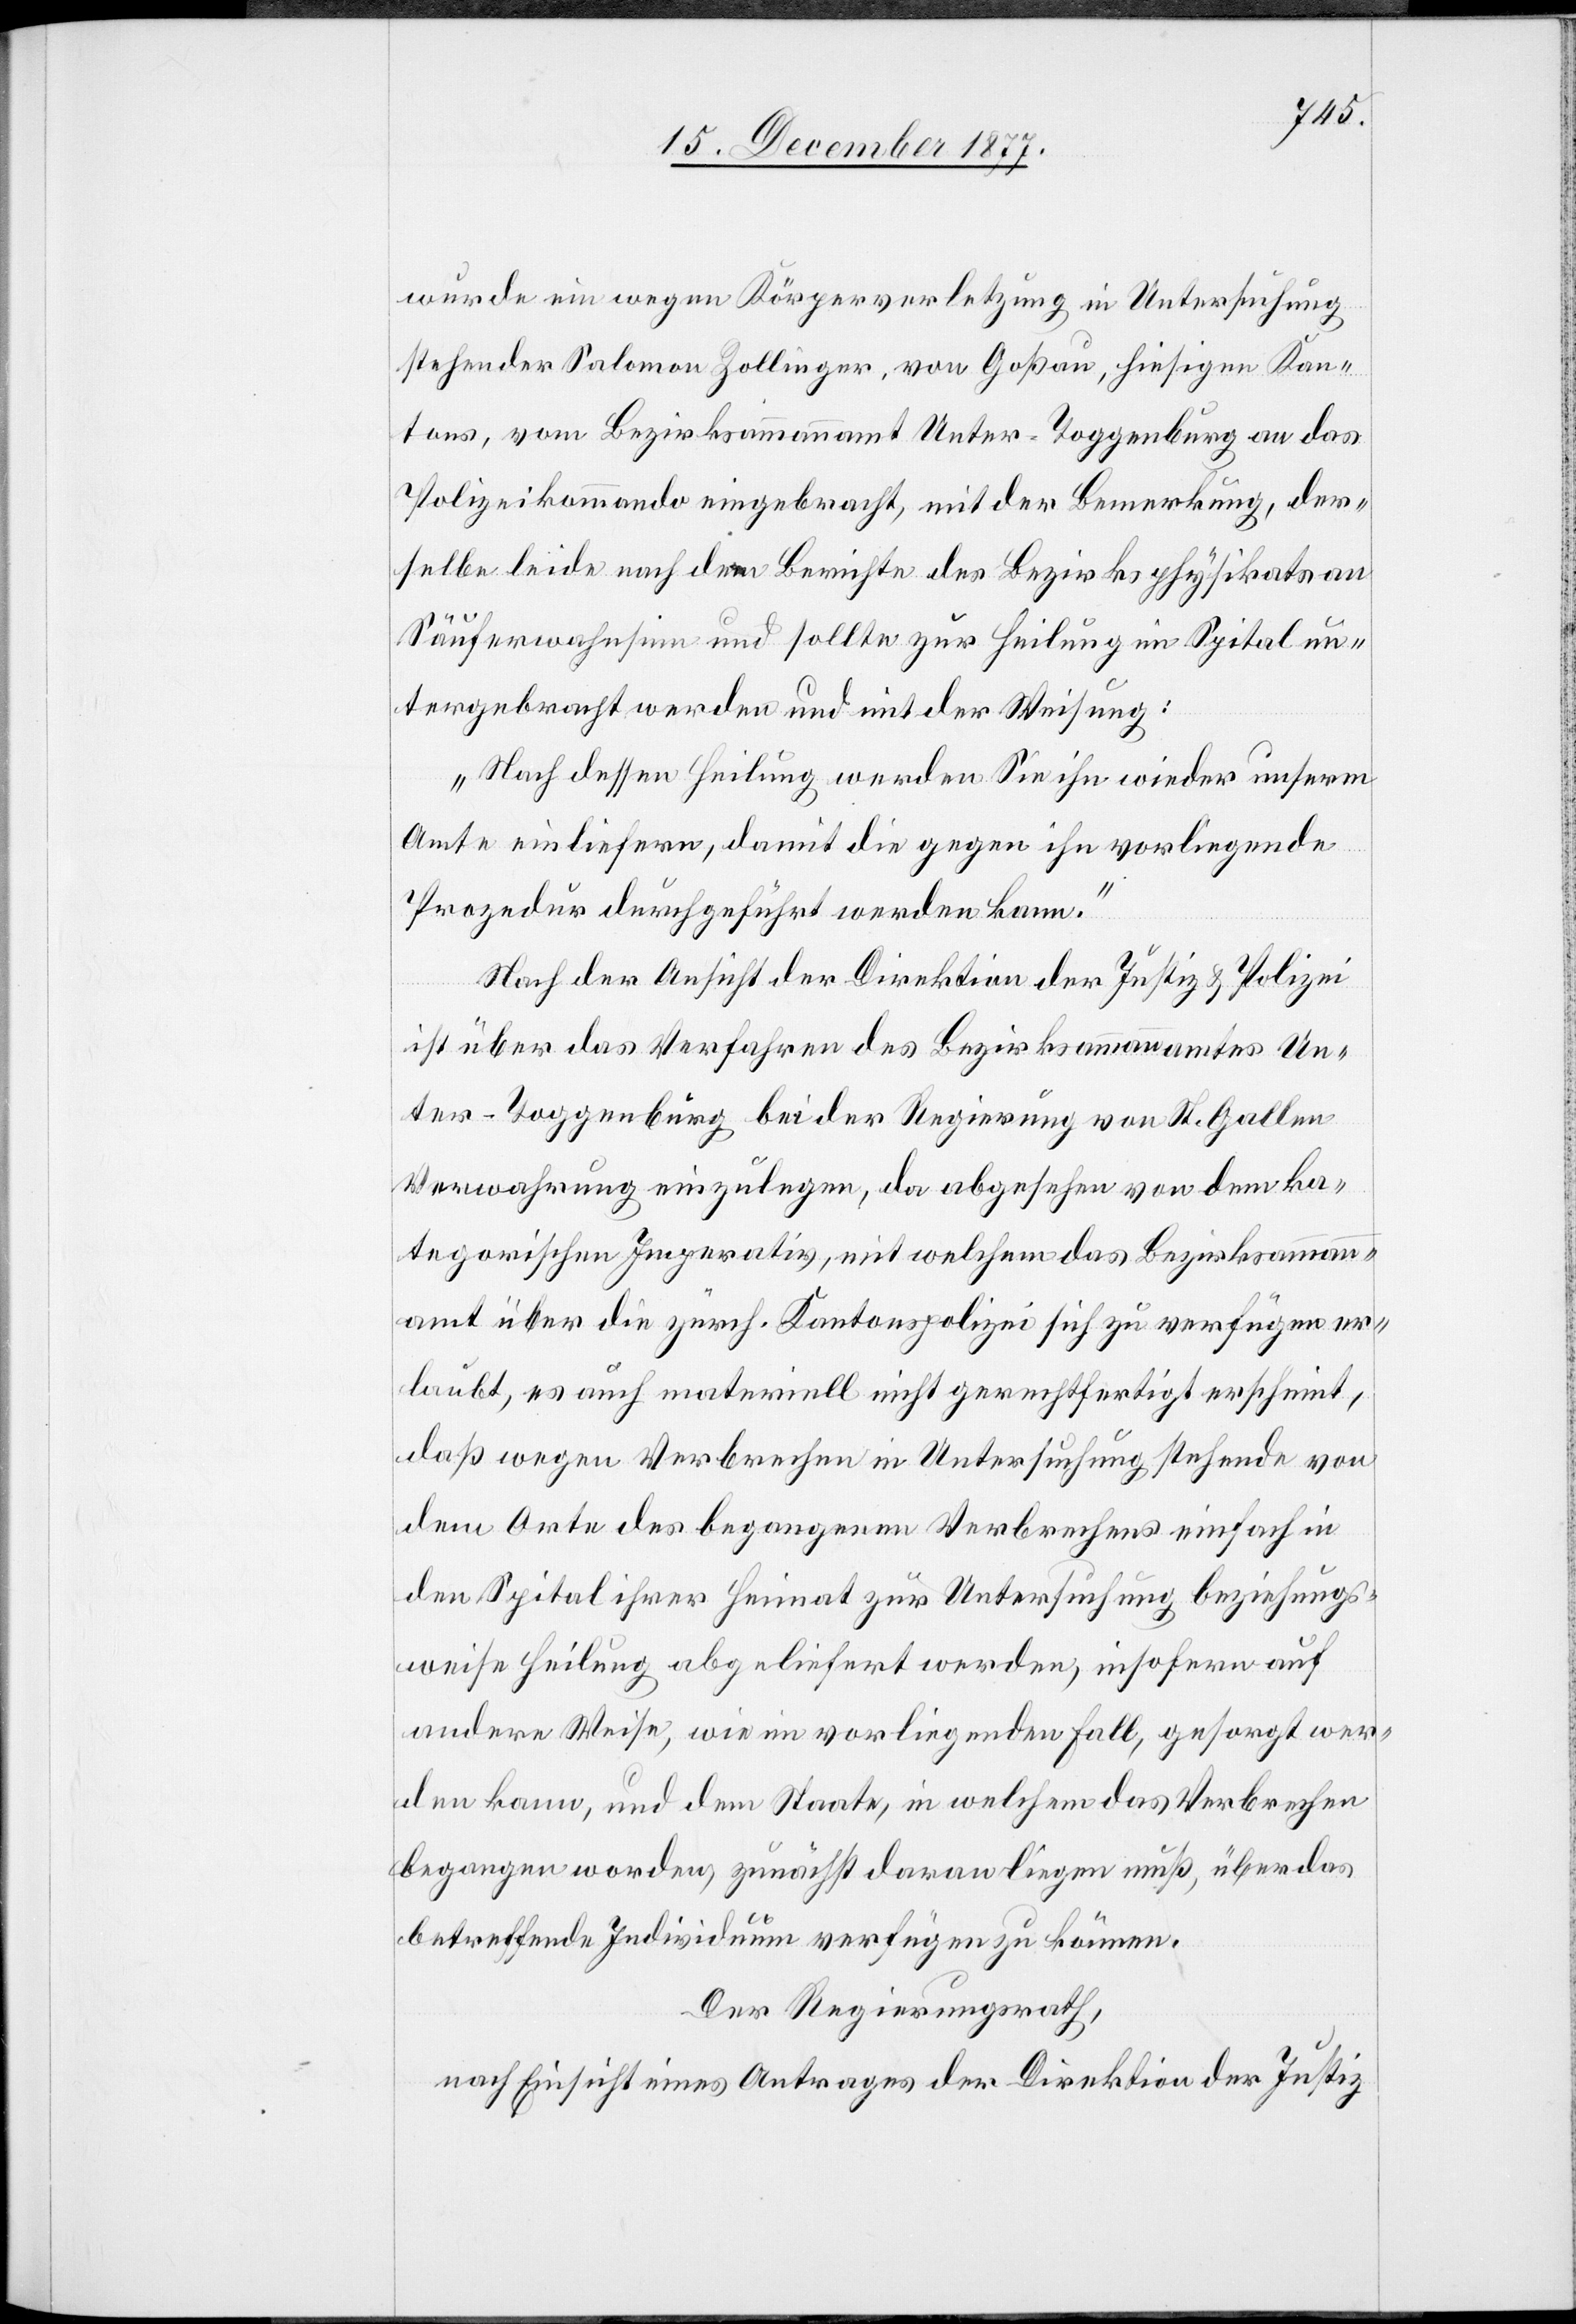
wurde ein wegen Körperverletzung in Untersuchung
stehender Salomon Zollinger, von Goßau, hiesigen Kan¬
tons, vom Bezirksammannamt Unter-Toggenburg an das
Polizeikommando eingebracht, mit der Bemerkung, der¬
selbe leide nach dem Berichte des Bezirksphysikats an
Säuferwahnsinn und sollte zur Heilung im Spital un¬
tergebracht werden und mit der Weisung:
„Nach dessen Heilung werden Sie ihn wieder unserm
Amte einliefern, damit die gegen ihn vorliegende
Prozedur durchgeführt werden kann.“
Nach der Ansicht der Direktion der Justiz & Polizei
ist über das Verfahren des Bezirksammannamtes Un¬
ter-Toggenburg bei der Regierung von St. Gallen
Verwahrung einzulegen, da abgesehen von dem ka¬
tegorischen Imperativ, mit welchem das Bezirksammann¬
amt über die zürch. Kantonspolizei sich zu verfügen er¬
laubt, es auch materiell nicht gerechtfertigt erscheint,
daß wegen Verbrechen in Untersuchung stehende von
dem Orte des begangenen Verbrechens einfach in
den Spital ihrer Heimat zur Untersuchung beziehungs¬
weise Heilung abgeliefert werden, insofern auf
andere Weise, wie im vorliegenden Fall, gesorgt wer¬
den kann, und dem Staate, in welchem das Verbrechen
begangen worden, zunächst daran liegen muß, über das
betreffende Individuum verfügen zu können.
Der Regierungsrath,
nach Einsicht eines Antrages der Direktion der Justiz